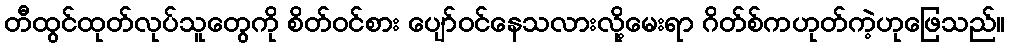
တီထွင်ထုတ်လုပ်သူတွေကို စိတ်ဝင်စား ပျော်ဝင်နေသလားလို့မေးရာ ဂိတ်စ်ကဟုတ်ကဲ့ဟုဖြေသည်။